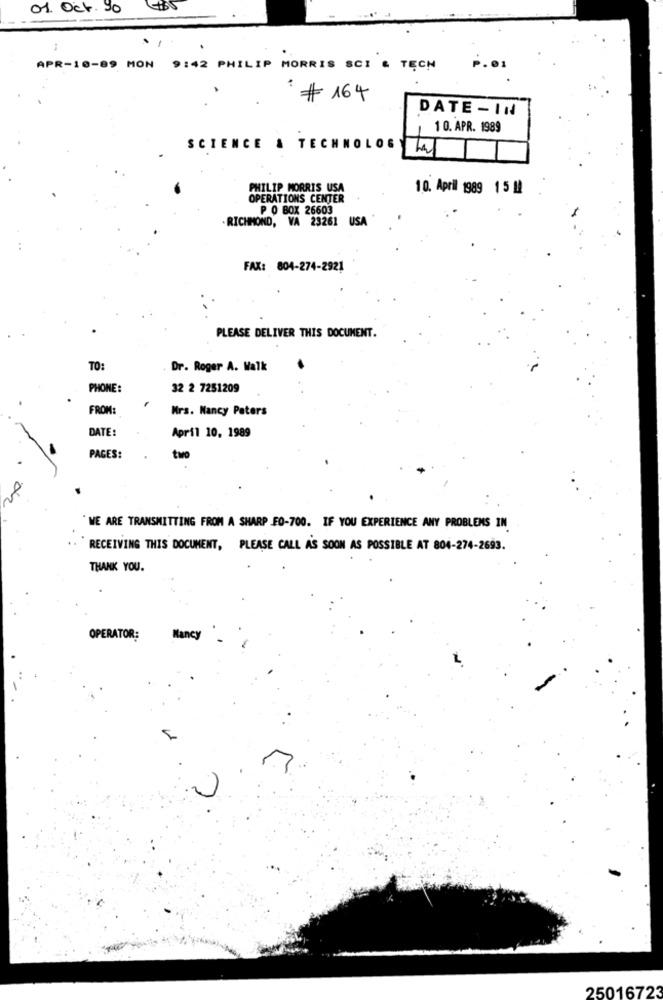
01. Oct.90
.
APR-10-89 MON 9:42 PHILIP MORRIS SCI & TĘCH
164
DATE - IN
10. APR. 1989
SCIENCE & TECHNOLOG
PHILIP MORRIS USA
10. April 1989 15 !!
OPERATIONS CENTER
P O BOX 26603
. RICHMOND, VA 23261 USA
FAX: 804-274-2921
PLEASE DELIVER THIS DOCUMENT.
TO:
Dr. Roger A. Walk
PHONE:
32 2 7251209
FROM:
Mrs. Nancy Peters
DATE:
April 10, 1989
PAGES:
two
" WE ARE TRANSMITTING FROM A SHARP FO-700. IF YOU EXPERIENCE ANY PROBLEMS IN
RECEIVING THIS DOCUMENT, PLEASE CALL AS SOON AS POSSIBLE AT 804-274-2693.
THANK YOU.
OPERATOR:
Nancy
25016723